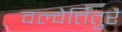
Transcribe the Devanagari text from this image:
वल्वेत्तितुरै